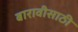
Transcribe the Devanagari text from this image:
बारावीसाठी